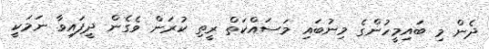
ދެން މި ބައިމީހުންގެ މިނުބައި މަސައްކަތް ރީތި ކުރަން ވެގެން ދީފައިވާ ނަމަކީ